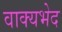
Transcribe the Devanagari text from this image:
वाक्यभेद